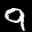
Label: 9